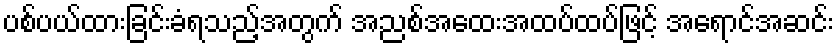
ပစ်ပယ်ထားခြင်းခံရသည့်အတွက် အညစ်အထေးအထပ်ထပ်ဖြင့် အရောင်အဆင်း